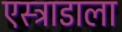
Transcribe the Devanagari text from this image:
एस्ट्राडाला